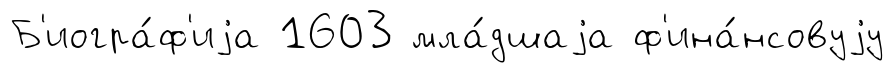
Б'иогра́ф'иjа 1603 мла́дшаjа ф'ина́нсовуjу